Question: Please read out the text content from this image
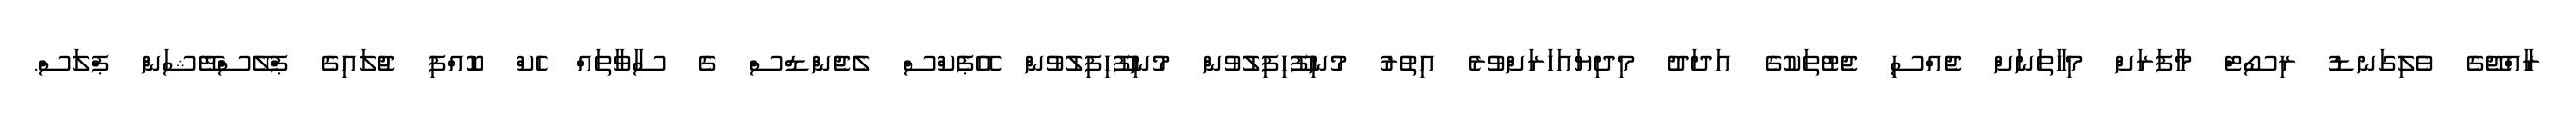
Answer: ރާއްޖޭގެ ވެލިގަނޑު ރިސޯޓް މާފަރަށް މިހާތަނަށް ޖެއްސި ޖެޓުތަކުގެ އަދަދު މިދިޔައަހަރަށްވުރެ އިތުރު މުނިފޫހިފިލުވުން މުނިފޫހިފިލުވުން އޭޕެކްސް ލެޖެންޑްސް ގެ ސާވާތައް ހެކް ކޮއްފި ޖުލައިގެ ޕްލޭސްްޓޭޝަން ޕްލަސް.